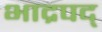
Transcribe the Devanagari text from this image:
भाद्रपद्